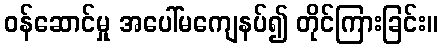
ဝန်ဆောင်မှု အပေါ်မကျေနပ်၍ တိုင်ကြားခြင်း။